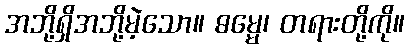
အဘို့ရှိအဘို့မဲ့သော။ ဓမ္မေ၊ တရားတို့ကို။